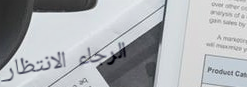
الرجاء الانتظار